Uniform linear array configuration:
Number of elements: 8
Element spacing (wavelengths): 0.75
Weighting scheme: blackman
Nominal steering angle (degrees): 45
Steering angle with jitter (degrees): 43.771
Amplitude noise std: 0.05
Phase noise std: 0.05

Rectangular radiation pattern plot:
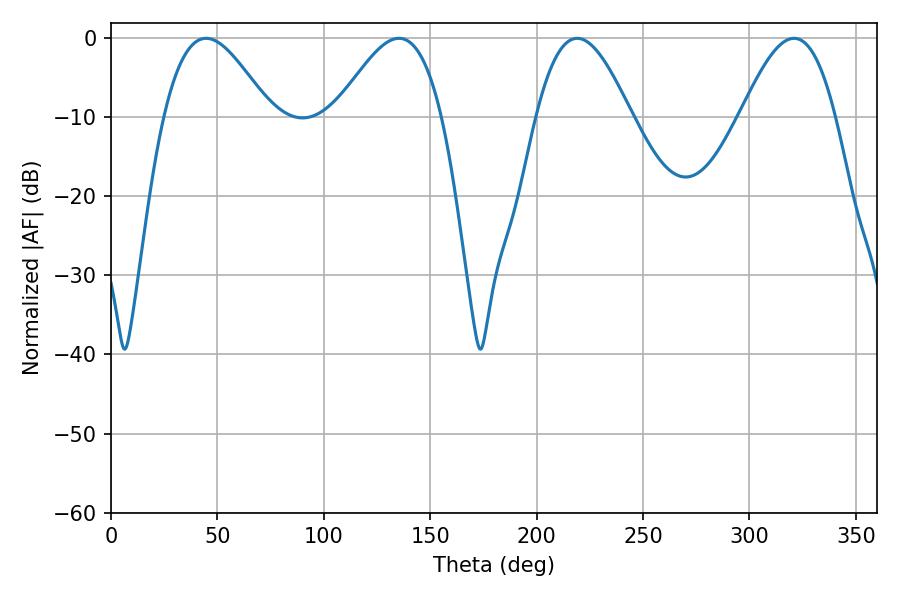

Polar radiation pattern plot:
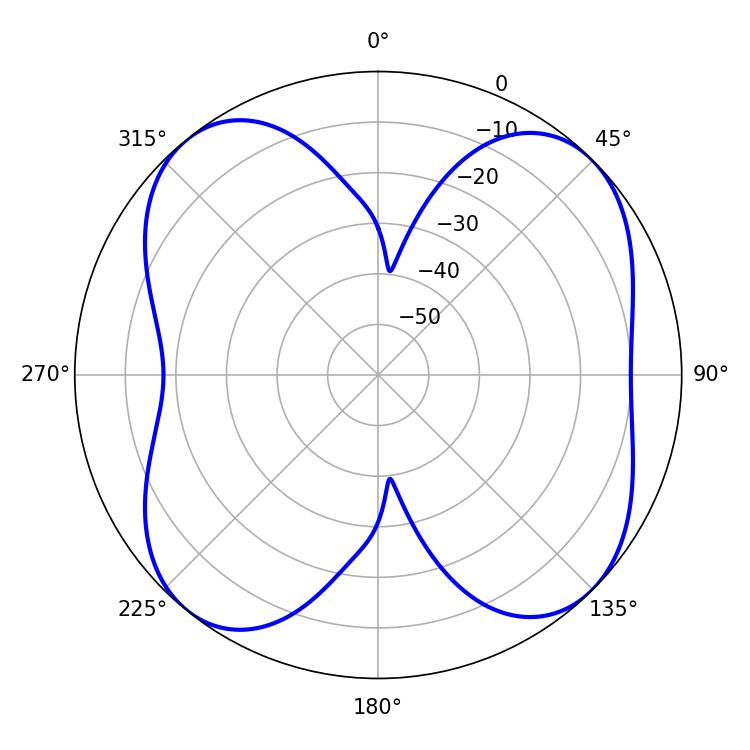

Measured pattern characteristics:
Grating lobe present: TRUE
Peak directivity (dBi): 10.452
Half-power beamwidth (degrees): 23.94
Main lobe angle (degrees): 219.06